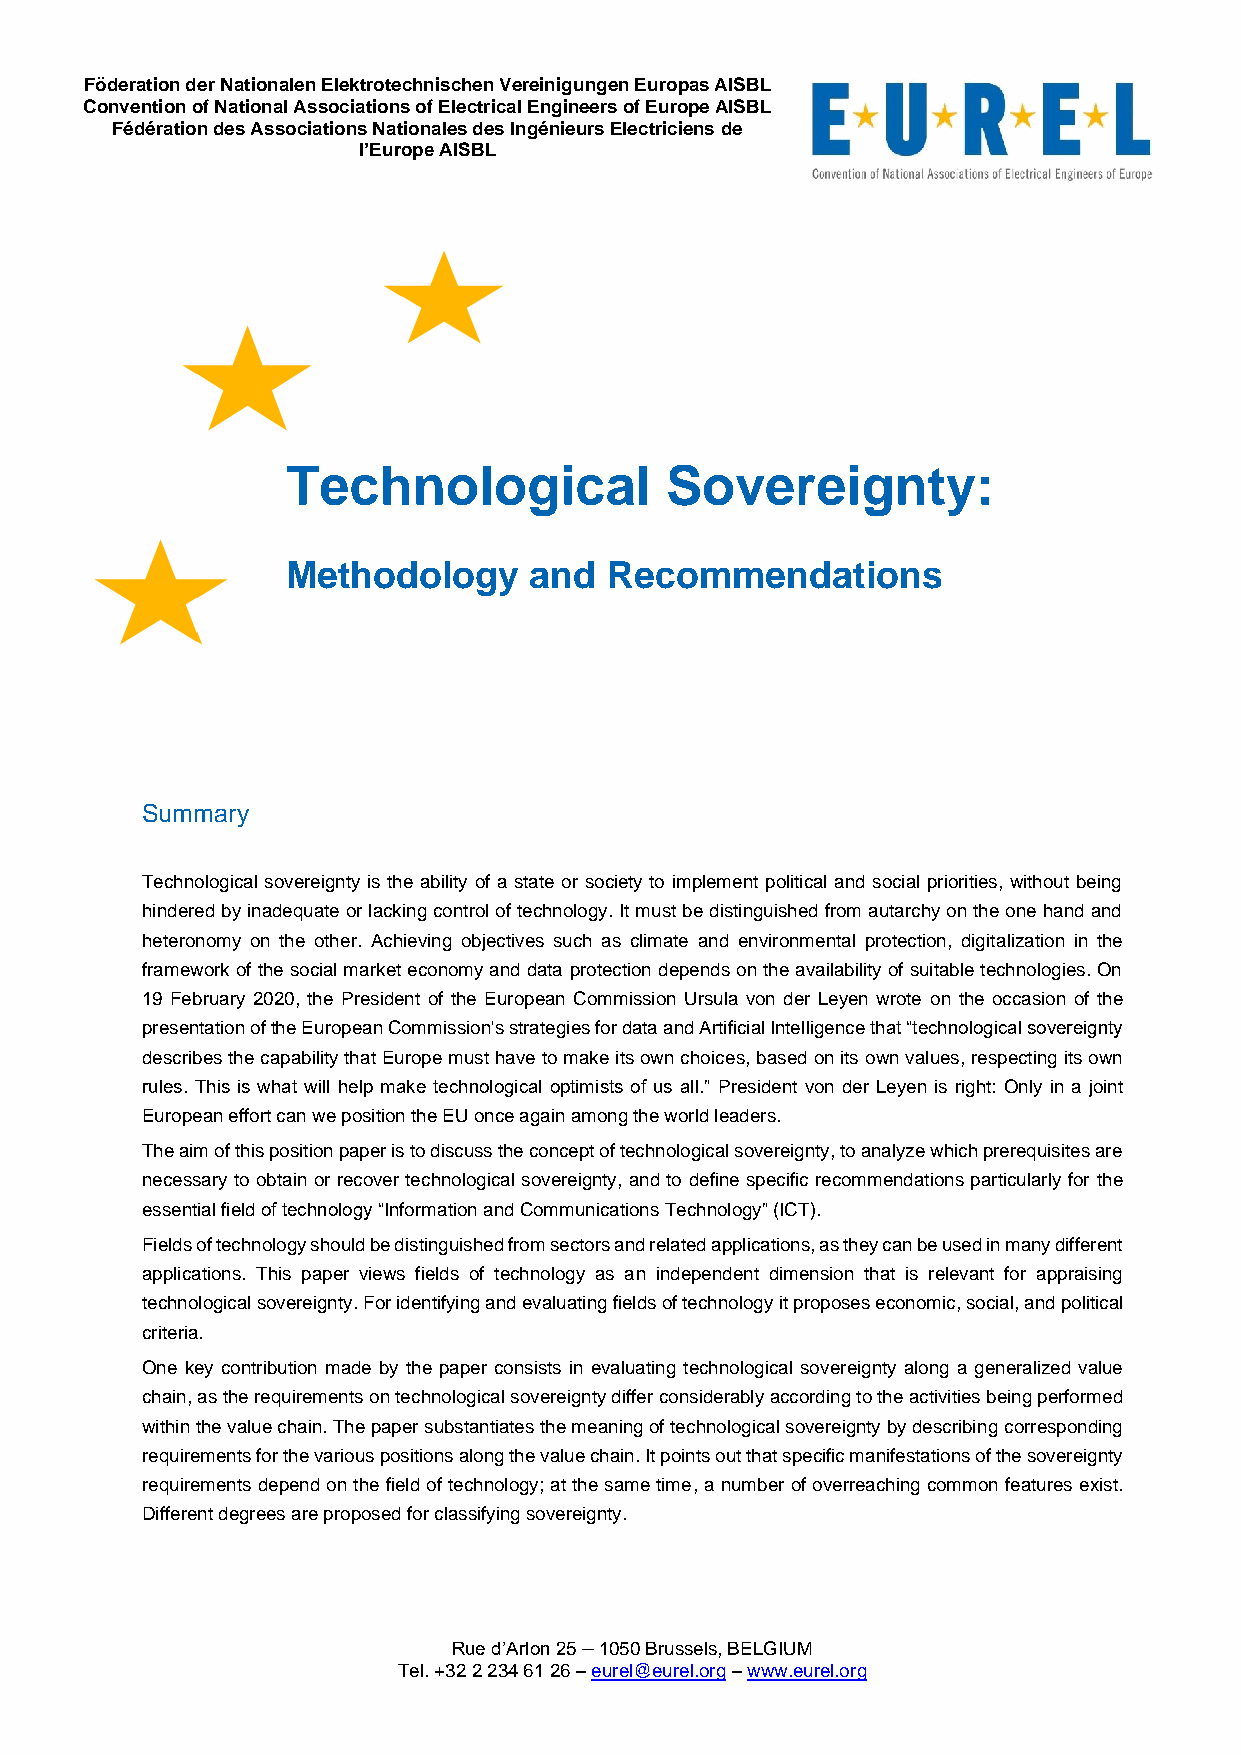
Föderation der Nationalen Elektrotechnischen Vereinigungen Europas AISBL
 Convention of National Associations of Electrical Engineers of Europe AISBL
 Fédération des Associations Nationales des Ingénieurs Electriciens de
 l’Europe AISBL
 Technological            Sovereignty:
 Methodology     and  Recommendations
 Summary
 Technological sovereignty is the ability of a state or society to implement political and social priorities, without being
 hindered by inadequate or lacking control of technology. It must be distinguished from autarchy on the one hand and
 heteronomy on the other. Achieving objectives such as climate and environmental protection, digitalization in the
 framework of the social market economy and data protection depends on the availability of suitable technologies. On
 19 February 2020, the President of the European Commission Ursula von der Leyen wrote on the occasion of the
 presentation of the European Commission's strategies for data and Artificial Intelligence that “technological sovereignty
 describes the capability that Europe must have to make its own choices, based on its own values, respecting its own
 rules. This is what will help make technological optimists of us all.” President von der Leyen is right: Only in a joint
 European effort can we position the EU once again among the world leaders.
 The aim of this position paper is to discuss the concept of technological sovereignty, to analyze which prerequisites are
 necessary to obtain or recover technological sovereignty, and to define specific recommendations particularly for the
 essential field of technology “Information and Communications Technology” (ICT).
 Fields of technology should be distinguished from sectors and related applications, as they can be used in many different
 applications. This paper views fields of technology as an independent dimension that is relevant for appraising
 technological sovereignty. For identifying and evaluating fields of technology it proposes economic, social, and political
 criteria.
 One key contribution made by the paper consists in evaluating technological sovereignty along a generalized value
 chain, as the requirements on technological sovereignty differ considerably according to the activities being performed
 within the value chain. The paper substantiates the meaning of technological sovereignty by describing corresponding
 requirements for the various positions along the value chain. It points out that specific manifestations of the sovereignty
 requirements depend on the field of technology; at the same time, a number of overreaching common features exist.
 Different degrees are proposed for classifying sovereignty.
 Rue d’Arlon 25 – 1050 Brussels, BELGIUM
 Tel. +32 2 234 61 26 – eurel@eurel.org – www.eurel.org